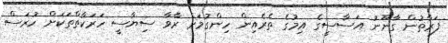
ފަރާތުން ގާނޫނު އަސާސީގެ އިމުގެ ތެރެއިން ހިންގުމަށް ރާވާ ސިޔާސީ ހަރަކާތްތަކަށް ހުރަސް